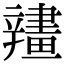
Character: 𨐶